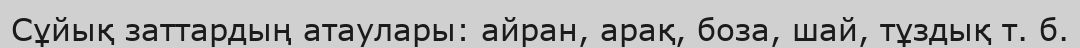
Сұйық заттардың атаулары: айран, арақ, боза, шай, тұздық т. б.